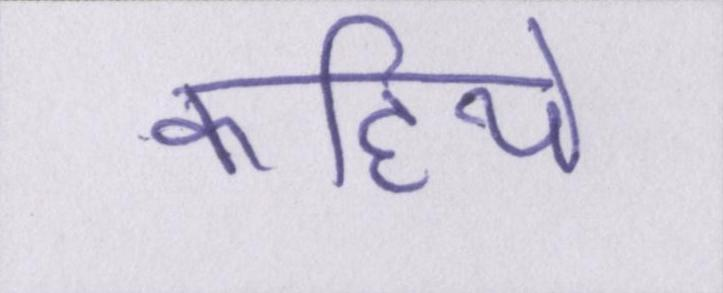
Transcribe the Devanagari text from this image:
कहिये